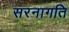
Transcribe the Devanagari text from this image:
सरनागति